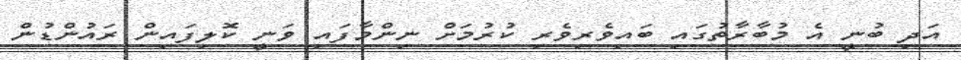
އަދި ބުނީ އެ މުބާރާތުގައި ބައިވެރިވެރި ކުރުމަށް ނިންމާފައި ވަނީ ކޮލިފައިން ރައުންޑުން